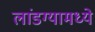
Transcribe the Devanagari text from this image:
लांडग्यामध्ये